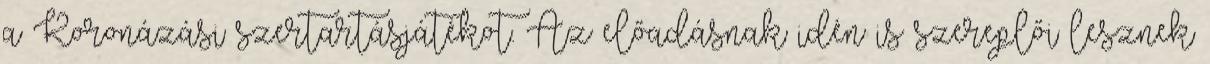
a Koronázási szertartásjátékot. Az előadásnak idén is szereplői lesznek